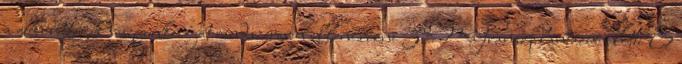
a cukorbetegek vesefunkcióját rendszeresen ellenőrizni 3 Májtranszplantáció előtti E